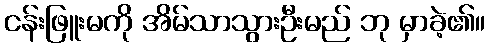
ငန်းဖြူးမကို အိမ်သာသွားဦးမည် ဘု မှာခဲ့၏။